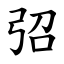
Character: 弨